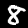
Digit: 8